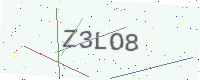
Text: Z3LO8